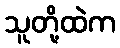
သူတို့ထဲက